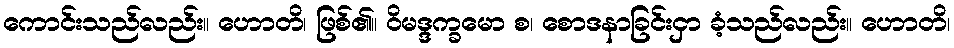
ကောင်းသည်လည်း။ ဟောတိ၊ ဖြစ်၏။ ဝိမဒ္ဒက္ခမော စ၊ စောဒနာခြင်းငှာ ခံ့သည်လည်း။ ဟောတိ၊